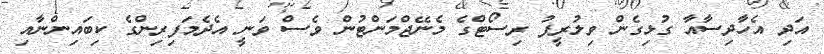
އަދި އެހާދިސާއާ ގުޅިގެން ވިލުރީފު ރިސޯޓްގެ މެނޭޖްމަންޓުން ވެސް ވަނީ އެދެމަފިރިންގެ ކިބައިންނާއި